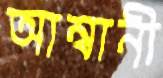
আম্বানী